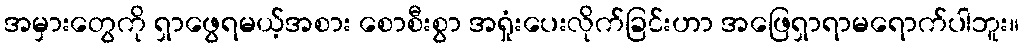
အမှားတွေကို ရှာဖွေရမယ့်အစား စောစီးစွာ အရှုံးပေးလိုက်ခြင်းဟာ အဖြေရှာရာမရောက်ပါဘူး။